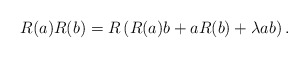
\begin{align*}R(a)R(b) = R\left(R(a) b + a R(b) +\lambda ab\right).\end{align*}